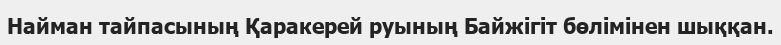
Найман тайпасының Қаракерей руының Байжігіт бөлімінен шыққан.